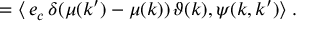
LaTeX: = \langle \, e _ { c } \, \delta ( \mu ( k ^ { \prime } ) - \mu ( k ) ) \, \vartheta ( k ) , \psi ( k , k ^ { \prime } ) \rangle \; .